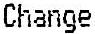
CHANGE